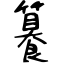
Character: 籑